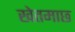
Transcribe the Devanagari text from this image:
खेतमाछ